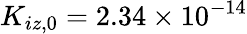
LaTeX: K_{iz,0}=2.34\times 10^{-14}